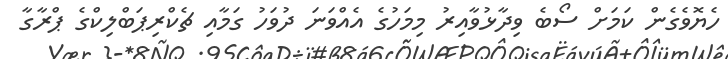
ހެޔޮވެގެން ކަމަށް ސޯބެ ވިދާޅުވާއިރު މިމަހުގެ އެއްވަނަ ދުވަހު ގަމާއި ޗެކްރިޕަބްލިކްގެ ޕްރާގާ